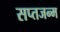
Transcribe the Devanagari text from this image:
सप्तजन्म